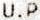
U.P